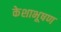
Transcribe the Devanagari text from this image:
केशाभूषण